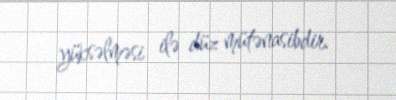
yüksəlməsi ilə düz mütənasibdir.